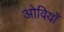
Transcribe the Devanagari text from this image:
ओवियाँ